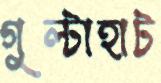
গুল্টাহাট